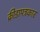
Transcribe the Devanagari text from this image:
क्रीडापत्रकार